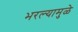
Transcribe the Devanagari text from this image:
भरल्यामुळे